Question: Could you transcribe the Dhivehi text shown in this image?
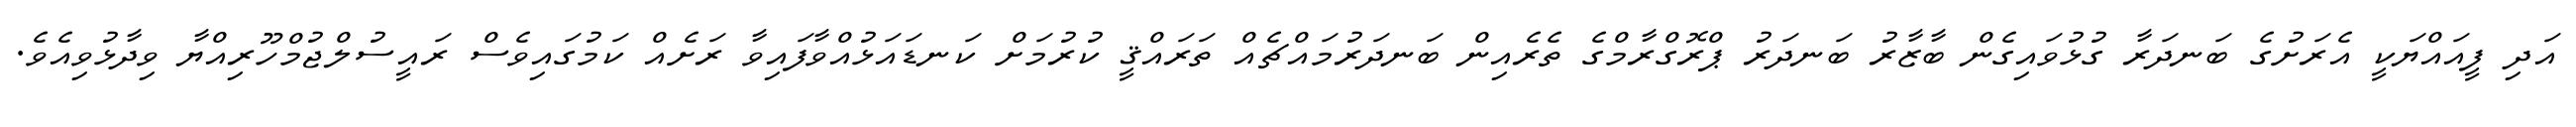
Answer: އަދި ފީއައްޔަކީ އެރަށުގެ ބަނދަރާ ގުޅުވައިގެން ބާޒާރު ބަނދަރު ޕްރޮގްރާމްގެ ތެރެއިން ބަނދަރުމައްޗެއް ތަރައްޤީ ކުރުމަށް ކަނޑައަޅުއްވާފައިވާ ރަށެއް ކަމުގައިވެސް ރައީސުލްޖުމްހޫރިއްޔާ ވިދާޅުވިއެވެ.